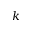
k